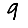
Digit: 9